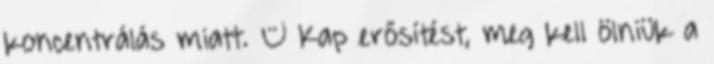
koncentrálás miatt. – Kap erősítést, meg kell ölniük a